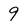
Character: 9